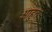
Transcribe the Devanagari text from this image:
आहुत